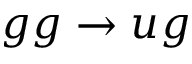
g g \rightarrow u g